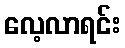
လေ့လာရင်း